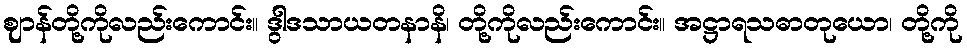
ဈာန်တို့ကိုလည်းကောင်း။ ဒွါဒသာယတနာနိ၊ တို့ကိုလည်းကောင်း။ အဋ္ဌာရသဓာတုယော၊ တို့ကို